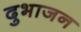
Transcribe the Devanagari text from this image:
दुभाजन